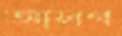
আলগ